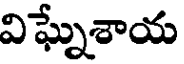
విఘ్నేశాయ